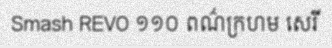
Smash REVO ១១០ ពណ៌ក្រហម សេរី